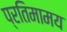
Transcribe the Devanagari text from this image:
प्रतिमामय